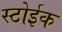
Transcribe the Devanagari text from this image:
स्टोईक